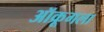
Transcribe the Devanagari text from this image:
ऑक्रूगला